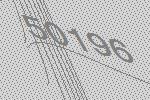
50196